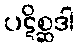
ပဋိစ္ဆဒါ